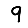
Digit: 9